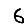
Digit: 6